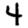
Digit: 4